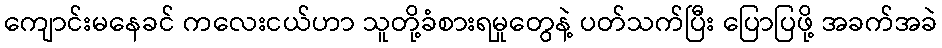
ကျောင်းမနေခင် ကလေးငယ်ဟာ သူတို့ခံစားရမှုတွေနဲ့ ပတ်သက်ပြီး ပြောပြဖို့ အခက်အခဲ